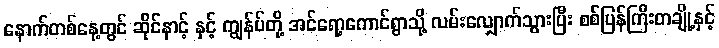
နောက်တစ်နေ့တွင် ဆိုင်နာင့် နှင့် ကျွန်ပ်တို့ အင်ရော့ကောင်ရွာသို့ လမ်းလျှောက်သွားပြီး စစ်ပြန်ကြီးတချို့နှင့်